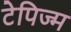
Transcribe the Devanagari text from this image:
टेपिज्म